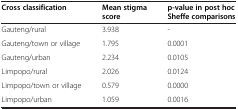
| Cross classification | Mean stigma score | p-value in post hoc Sheffe comparisons |
 | --- | --- | --- |
 | Gauteng/rural | 3.938 | - |
 | Gauteng/town or village | 1.795 | 0.0001 |
 | Gauteng/urban | 2.234 | 0.0105 |
 | Limpopo/rural | 2.026 | 0.0124 |
 | Limpopo/town or village | 0.579 | 0.0000 |
 | Limpopo/urban | 1.059 | 0.0016 |